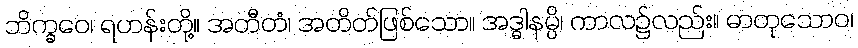
ဘိက္ခဝေ၊ ရဟန်းတို့။ အတီတံ၊ အတိတ်ဖြစ်သော။ အဒ္ဓါနမ္ပိ၊ ကာလ၌လည်း။ ဓာတုသောဝ၊